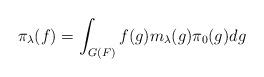
LaTeX: \begin{align*}\displaystyle \pi_\lambda(f)=\int_{G(F)}f(g)m_\lambda(g)\pi_0(g)dg\end{align*}